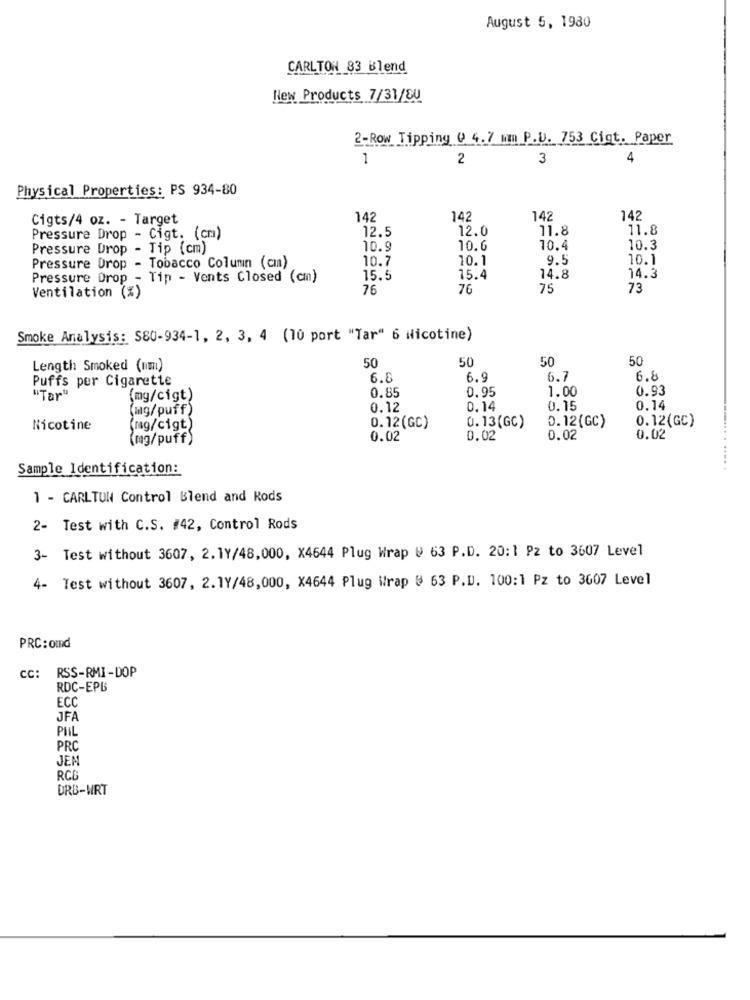
August 5, 1980
CARLTON 83 Blend
New Products 7/31/SU
2-Row Tipping @ 4.7 mm P.U. 753 Cigt. Paper
1
2
3
4
Physical Properties: PS 934-80
Cigts/4 oz. - Target
142
142
142
142
12.5
12.0
11.8
11.8
Pressure Drop - Cigt. (cm)
Pressure Drop - Tip (cm)
10.9
10.6
10.4
10.3
10.7
10.1
9.5
10.1
Pressure Drop - Tobacco Column (cm)
Pressure Drop - Tip - Vents Closed (cm)
15.5
15.4
14.8
14.3
76
76
75
73
Ventilation (%)
Smoke Analysis: S80-934-1, 2, 3, 4 (10 port "Tar" 6 Nicotine)
50
50
50
Length Smoked (mm)
50
Puffs per Cigarette
6.8
6.9
6.7
6.8
0.95
1.00
0.93
"Tar"
(mg/cigt)
0.85
(mg/puff)
0.12
0.14
0.15
0.14
D.12(GC)
0.12(GC)
Nicotine
(mg/cigt)
0.12(GC)
0.13(GC)
(mg/puff)
0.02
0.02
0.02
0.02
Sample Identification:
1 - CARLTON Control Blend and Rods
2- Test with C.S. #42, Control Rods
3- Test without 3607, 2. 1Y/48,000, X4644 Plug Wrap @ 63 P.D. 20:1 Pz to 3607 Level
Test without 3607, 2. 1Y/48,000, X4644 Plug Wrap # 63 P.D. 100:1 Pz to 3607 Level
4-
PRC: omd
cc:
RSS-RMI-DOP
RDC-EPB
ECC
JFA
PHIL
PRC
JEM
RCO
DRB-WRT